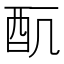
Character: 𲆥